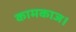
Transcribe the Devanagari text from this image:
कामकाज।